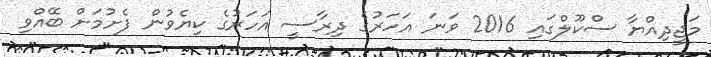
މަޖީދިއްޔާ ސްކޫލްގައި 2016 ވަނަ އަހަރުގެ ދިރާސީ އަހަރުގެ ކިޔެވުން ފެށުމަށް ބޭއްވި